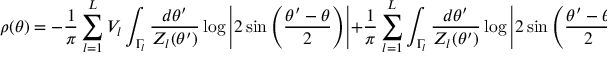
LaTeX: \rho ( \theta ) = - { \frac { 1 } { \pi } } \sum _ { l = 1 } ^ { L } V _ { l } \int _ { \Gamma _ { l } } { \frac { d \theta ^ { \prime } } { { \cal Z } _ { l } ( \theta ^ { \prime } ) } } \log \left| 2 \sin \left( { \frac { \theta ^ { \prime } - \theta } { 2 } } \right) \right| + { \frac { 1 } { \pi } } \sum _ { l = 1 } ^ { L } \int _ { \Gamma _ { l } } { \frac { d \theta ^ { \prime } } { { \cal Z } _ { l } ( \theta ^ { \prime } ) } } \log \left| 2 \sin \left( { \frac { \theta ^ { \prime } - \theta } { 2 } } \right) \right| \rho ( \theta ^ { \prime } ) .